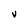
Character: v